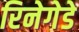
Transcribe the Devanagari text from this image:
रिनेगेडे